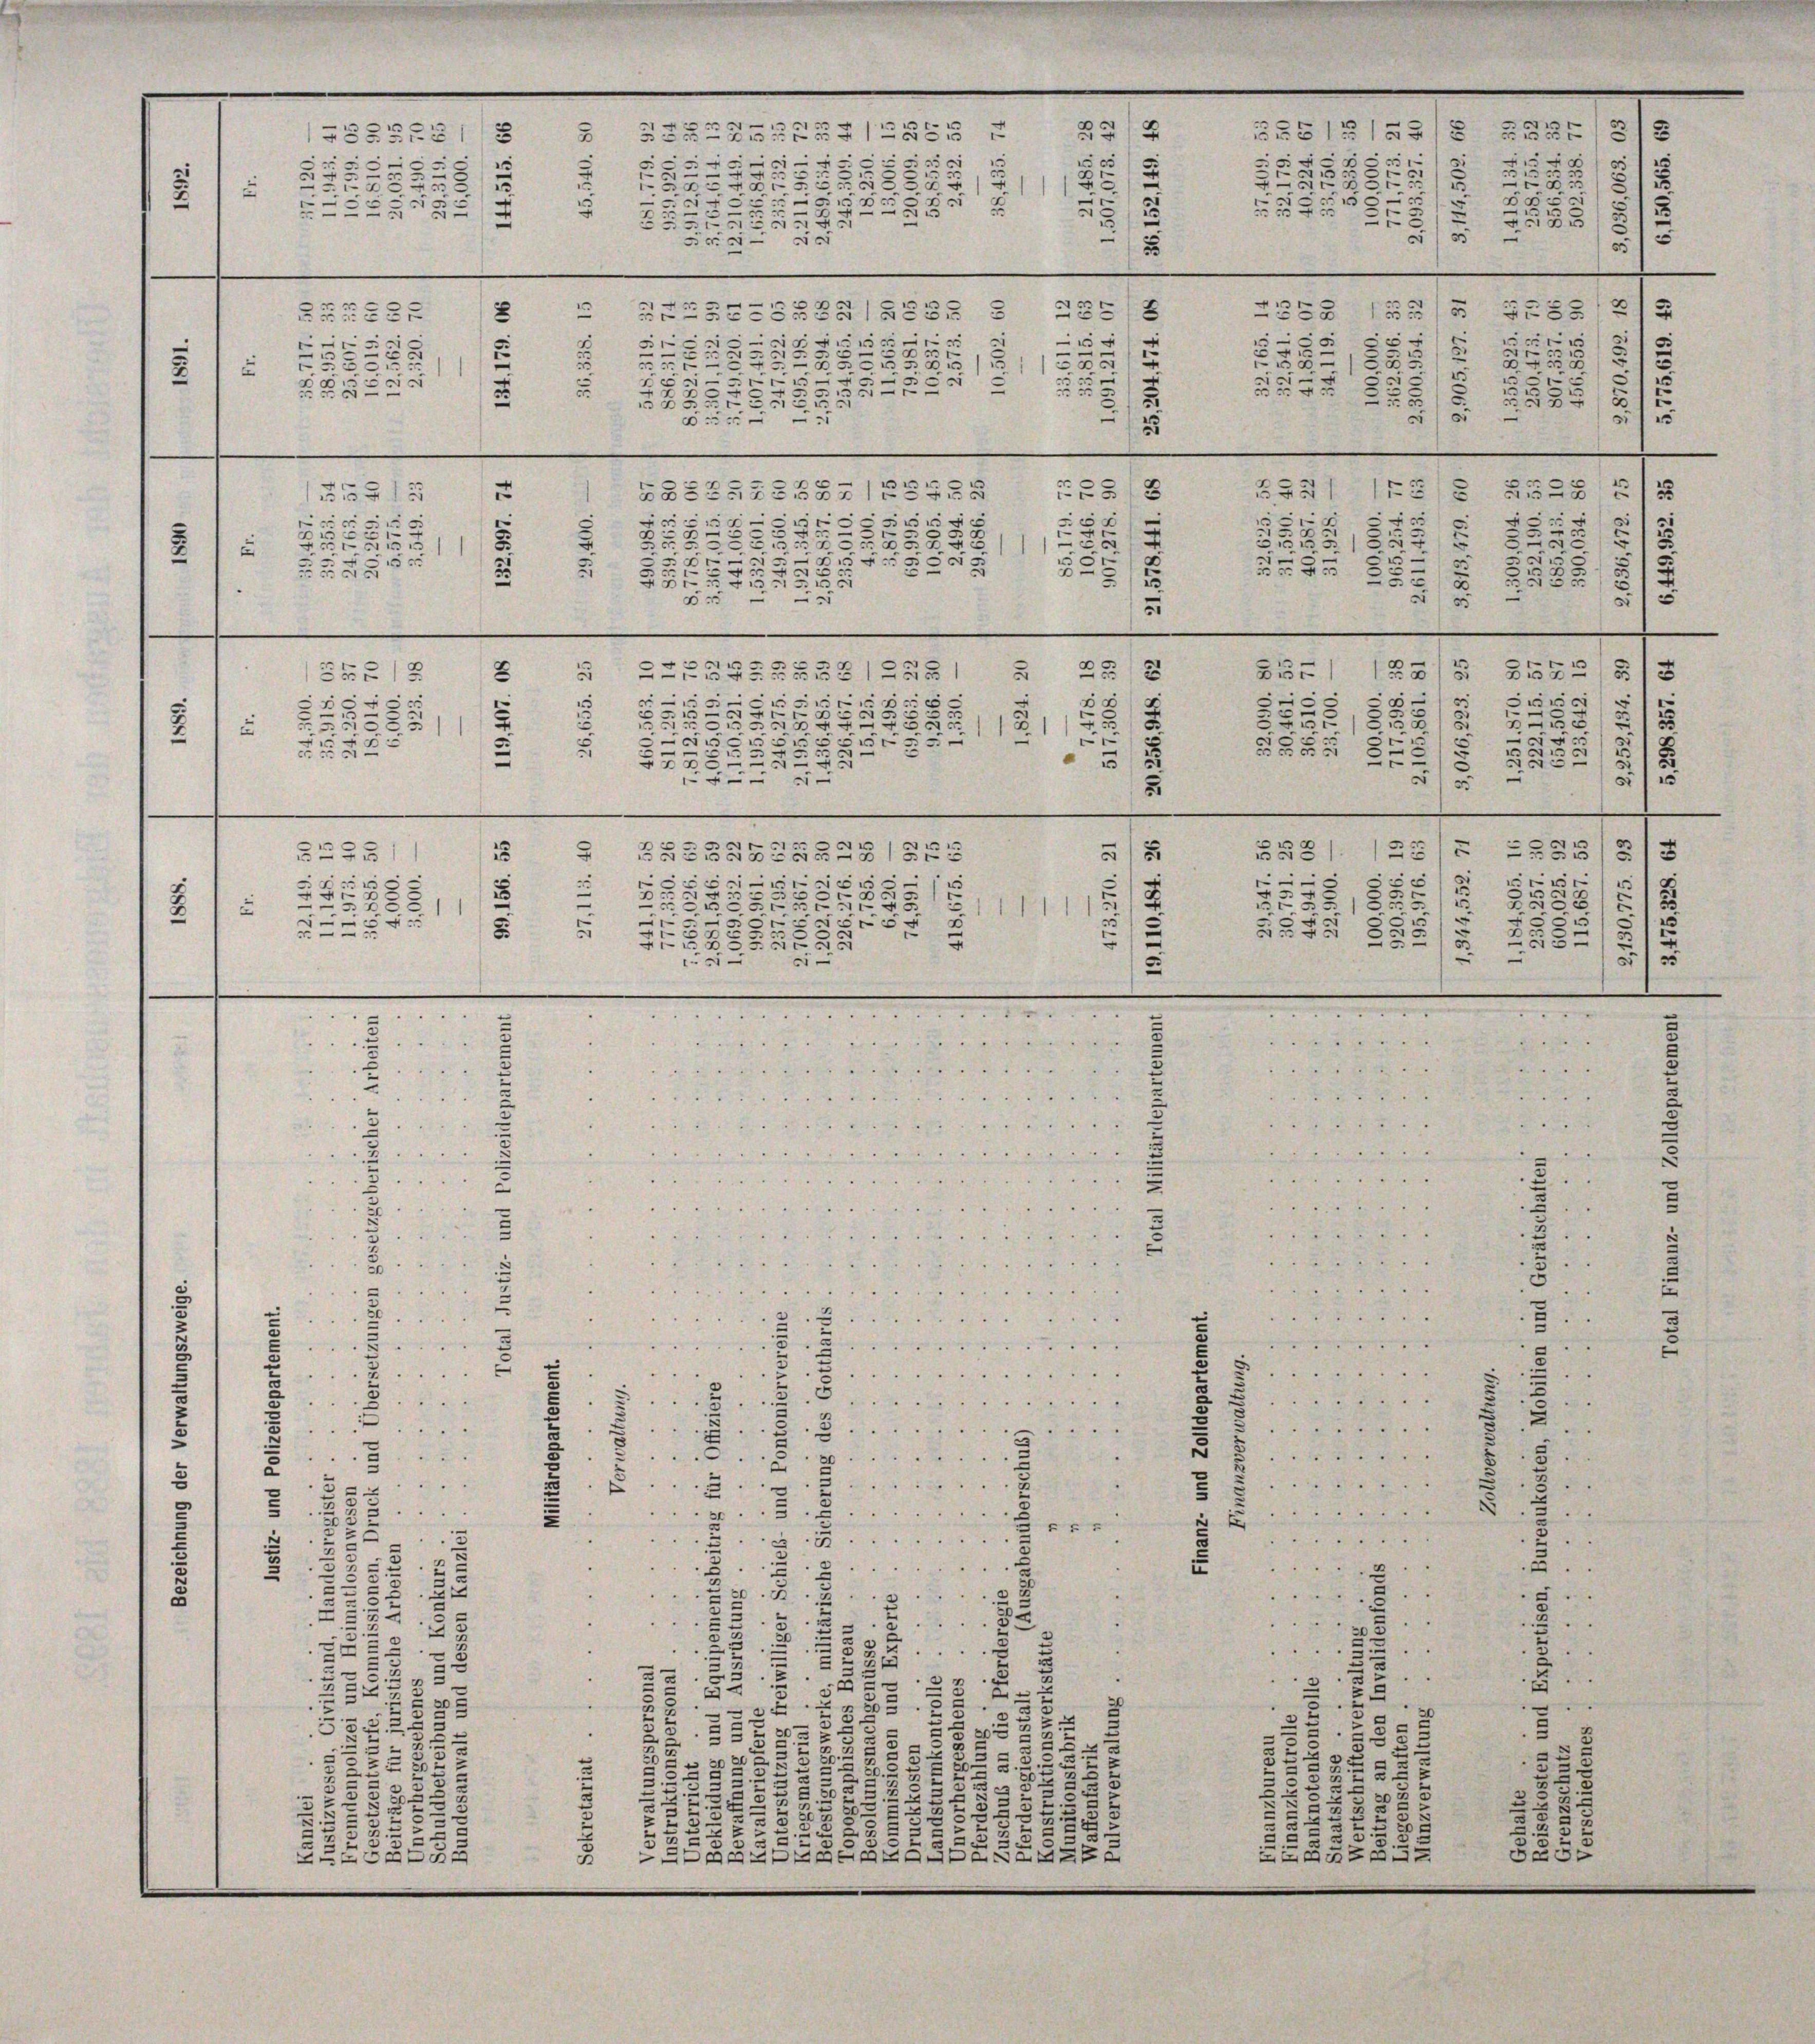
.
e
2
e
1
2

2
235
u

eEr
s
e
E
.
.
i
6

.
x
1
 30 x
e
1
e
x

E
e
¬

Doc
s
5
e
i
3
.

BBBren
e
2
.
1
E58
3550
1
5913
Z8525225571:
1
.
e
x
.
r
.
1
x
7
1
u
7
e
n
F
t
e
¬
a
d
e
e
u
.
x
e
.
3
5
5

2
F
.
e
255
5
51451
5513
n
c
.
2
s
5
5
1
.
e
2
1
¬
.

e
u
u

5 f 0 x
5

2
e
.
5
d
4

x
1
u
:
0
5
1
0
1
.
Ar
.

e
e
s
x
e
e
.
3
i
f
5
e
23
55
:
.
.
r
4
xx
.
.
1
¬
c
4
1
.
e
.
35
1
10
5
161
n
e
-
aie au

n
E

5
e
5
u
55
xx
3.
u
1

.

3

1
e
222

65
1
.
22
u
—
22
.
0
.
5
25
1
r
.
2238
25
.
2
.
.
4
r

e
e
2
241
.
.

a
s
n
1. " " " " 24 " " "
wesende
.
5
wa eine
2

e
.
e
.
3
53

2
“

15

2

25
1
.
2
B
g
2
u
5
e

3
.

1
1 15 x

0

e
.
n
4
1
1
u
.
5

2
s
5
¬
.
e
122
 11
0
.
.
.
.
.
.
e
2
.
3
.
e
1

5.
i
5
.
2
8
x
S
e
.

2
r
D
u
.
5
s
e
1
.
s
g
5
5
e
t
.
1
1
x
u
F
2
e
d
1 1
—
n
¬
658
3.
5
5
1
1
5
.
5

x
3
f
d
u
.

.
2
e

1
2
s
1
n
s

.
e
.
5
u
5
.
3
e
1
e
f

g
e
r
.
5 x
.
e
.
xx
2
5
—

2
2

" 18
.
.
2
2

.
5

h
.
.
enn der wie er in
2
.
e mein
s
 wi

"
“
d
E
5

"
3
2
u
2
.
25
40
.

2
u
7
e
"
2
5........
2

u

3
.
e

.
be
..
0
 .......
.....
e
.
d
3

33.
.

...
8
 . . . . .
.
t
 . . . .
r
3
1
s
2
e
u

7
.
u
...
.
d
2
2
8
2
e
.
5
.

.
5..
5
.
.
3
.
a
e
2
.
e

e
2
2
E
.
.
2
s
4
5
.
3
u
s
2 x
37
2
.
“
.
u
¬
e
¬
3
e
6
2

2.
e
.
g
2
e
.
f
2
3
8
e
.
3.
.
32
2
u
s
u
5
30—
.
3
2
§ 25
.
2
5
5.
a
e
e

—
22
20
e
i
e
2
2
5
5
d
“
e
5
.
u
s
.
.
5
2
5
d
s
2
E
e
3
5
2
d
32
37
x
u
e
.
e
3
e
2
2
2
e
.
2
.
¬
s
.
d
.
22
e
3
22.
d
Ge
.
G
B
g

2

¬